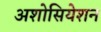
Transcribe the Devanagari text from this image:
अशोसियेशन